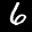
Label: 6